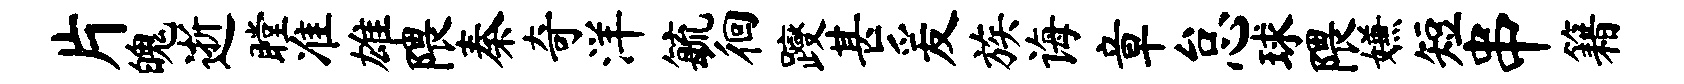
片魄逝瞠准雄隈秦奇洋毓徊躞甚爰族诲章怠球隈嫌短串籍